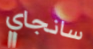
سانجاي